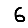
Digit: 6